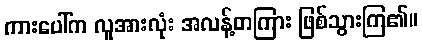
ကားပေါ်က လူအားလုံး အလန့်တကြား ဖြစ်သွားကြ၏။